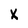
Character: X